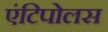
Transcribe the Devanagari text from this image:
एंटिपोलस